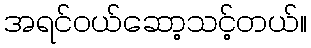
အရင်ဝယ်ဆော့သင့်တယ်။